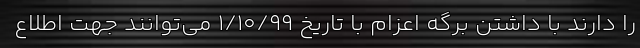
را دارند با داشتن برگه اعزام با تاریخ ۱/۱۰/۹۹ می‌توانند جهت اطلاع